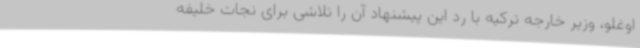
اوغلو، وزیر خارجه ترکیه با رد این پیشنهاد آن را تلاشی برای نجات خلیفه